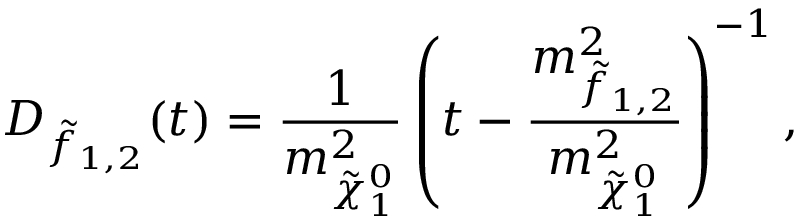
D _ { \tilde { f } _ { 1 , 2 } } ( t ) = \frac { 1 } { m _ { \tilde { \chi } _ { 1 } ^ { 0 } } ^ { 2 } } \left( t - \frac { m _ { \tilde { f } _ { 1 , 2 } } ^ { 2 } } { m _ { \tilde { \chi } _ { 1 } ^ { 0 } } ^ { 2 } } \right) ^ { - 1 } ,